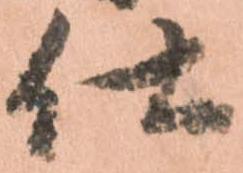
仕